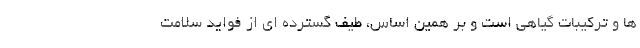
ها و ترکیبات گیاهی است و بر همین اساس، طیف گسترده ای از فواید سلامت